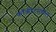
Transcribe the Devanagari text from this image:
काँक्रीटमधील